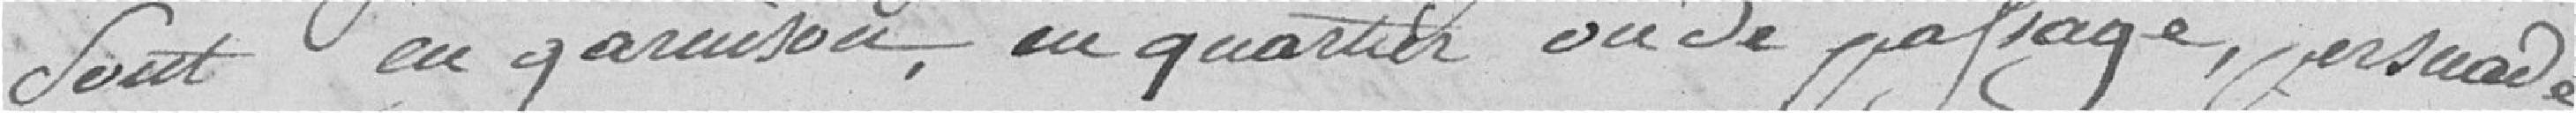
sont en garnison, en quartier ou de passage, persuadé